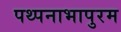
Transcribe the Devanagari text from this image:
पथ्पनाभापुरम